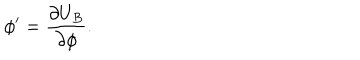
\phi ^ { \prime } = \frac { \partial U _ { B } } { \partial \phi } .